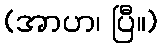
(အာဟ၊ ပြီ။)